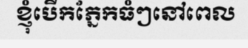
ខ្ញុំបើកភ្នែកធំៗនៅពេល